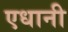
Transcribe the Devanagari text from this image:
एधानी